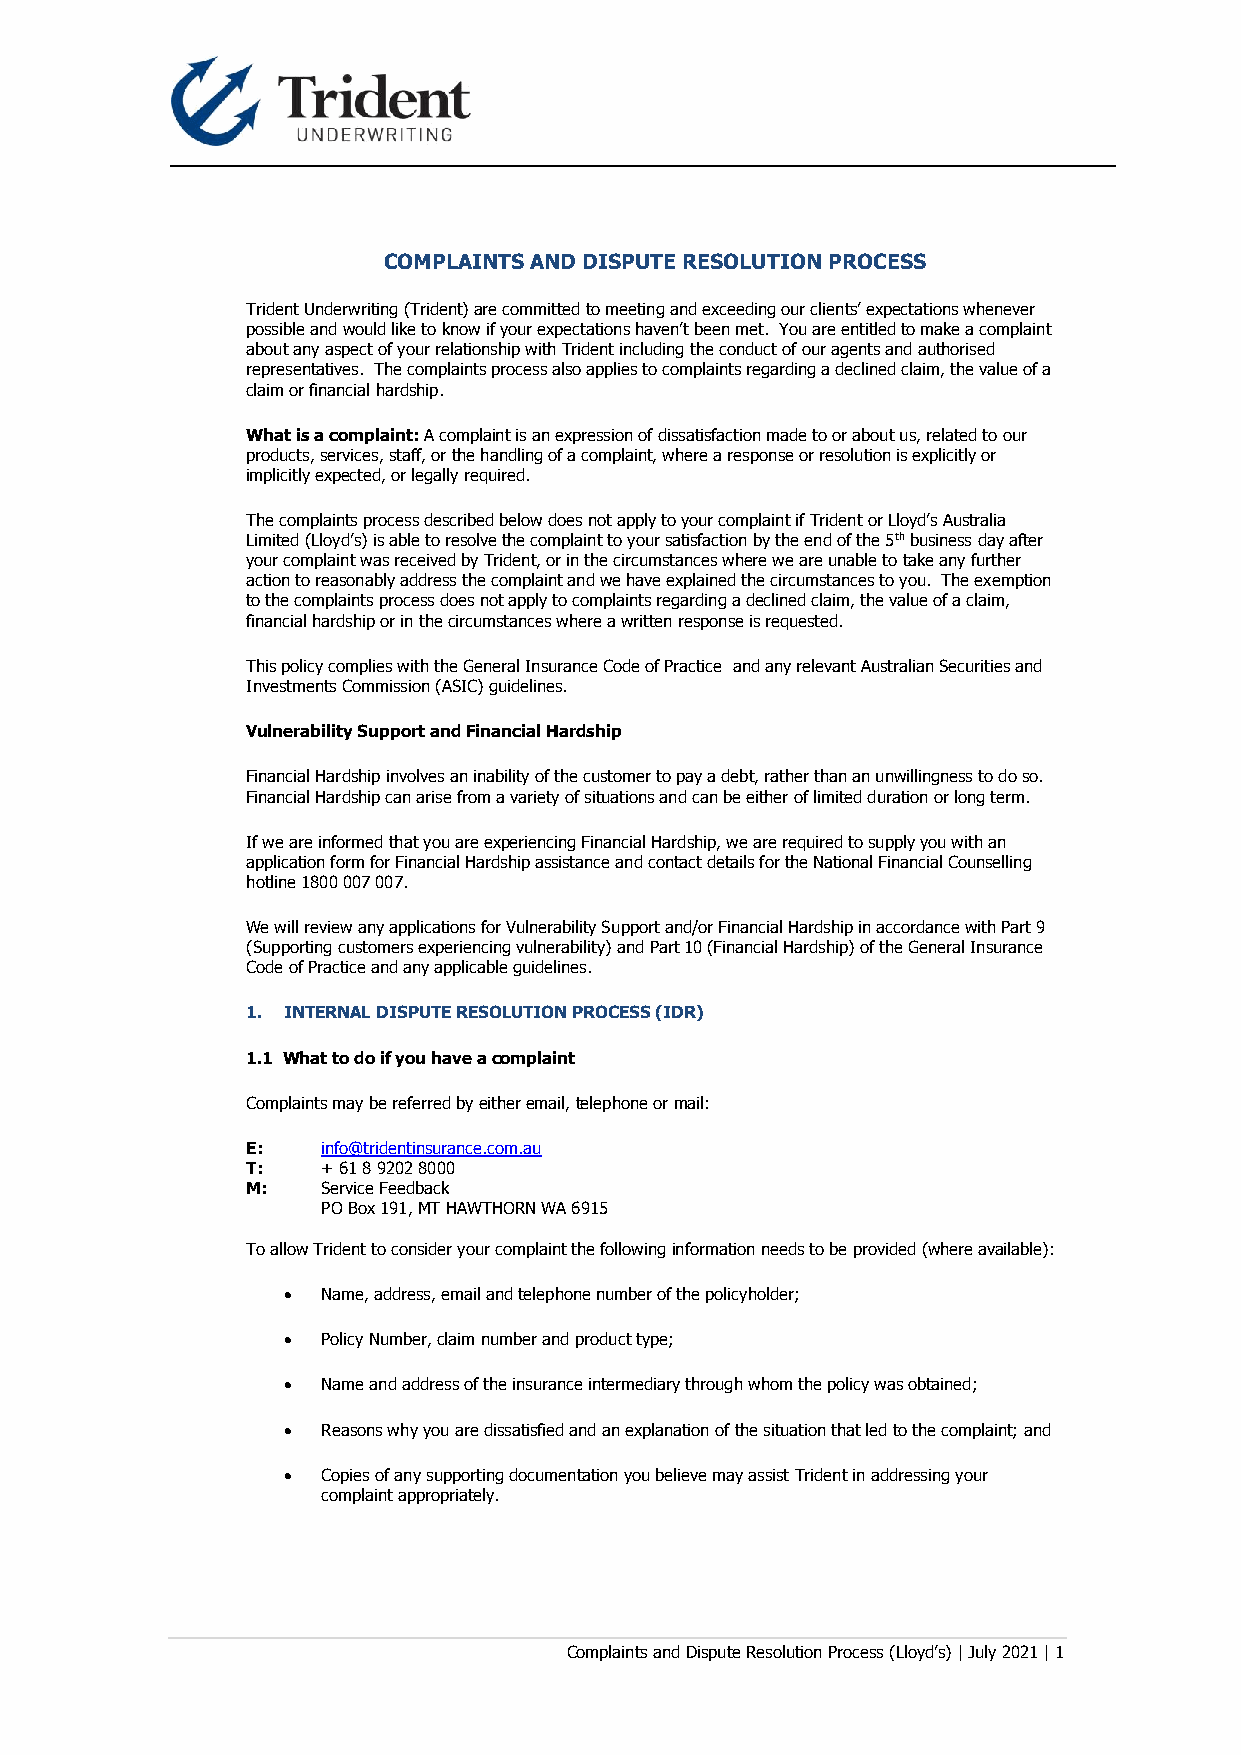
COMPLAINTS AND DISPUTE RESOLUTION PROCESS
 Trident Underwriting (Trident) are committed to meeting and exceeding our clients’ expectations whenever
 possible and would like to know if your expectations haven’t been met. You are entitled to make a complaint
 about any aspect of your relationship with Trident including the conduct of our agents and authorised
 representatives. The complaints process also applies to complaints regarding a declined claim, the value of a
 claim or financial hardship.
 What is a complaint: A complaint is an expression of dissatisfaction made to or about us, related to our
 products, services, staff, or the handling of a complaint, where a response or resolution is explicitly or
 implicitly expected, or legally required.
 The complaints process described below does not apply to your complaint if Trident or Lloyd’s Australia
 Limited (Lloyd’s) is able to resolve the complaint to your satisfaction by the end of the 5th business day after
 your complaint was received by Trident, or in the circumstances where we are unable to take any further
 action to reasonably address the complaint and we have explained the circumstances to you. The exemption
 to the complaints process does not apply to complaints regarding a declined claim, the value of a claim,
 financial hardship or in the circumstances where a written response is requested.
 This policy complies with the General Insurance Code of Practice and any relevant Australian Securities and
 Investments Commission (ASIC) guidelines.
 Vulnerability Support and Financial Hardship
 Financial Hardship involves an inability of the customer to pay a debt, rather than an unwillingness to do so.
 Financial Hardship can arise from a variety of situations and can be either of limited duration or long term.
 If we are informed that you are experiencing Financial Hardship, we are required to supply you with an
 application form for Financial Hardship assistance and contact details for the National Financial Counselling
 hotline 1800 007 007.
 We will review any applications for Vulnerability Support and/or Financial Hardship in accordance with Part 9
 (Supporting customers experiencing vulnerability) and Part 10 (Financial Hardship) of the General Insurance
 Code of Practice and any applicable guidelines.
 1. INTERNAL DISPUTE RESOLUTION PROCESS (IDR)
 1.1 What to do if you have a complaint
 Complaints may be referred by either email, telephone or mail:
 E:   info@tridentinsurance.com.au
 T:   + 61 8 9202 8000
 M:   Service Feedback
 PO Box 191, MT HAWTHORN WA 6915
 To allow Trident to consider your complaint the following information needs to be provided (where available):
 • Name, address, email and telephone number of the policyholder;
 • Policy Number, claim number and product type;
 • Name and address of the insurance intermediary through whom the policy was obtained;
 • Reasons why you are dissatisfied and an explanation of the situation that led to the complaint; and
 • Copies of any supporting documentation you believe may assist Trident in addressing your
 complaint appropriately.
 Complaints and Dispute Resolution Process (Lloyd’s) | July 2021 | 1